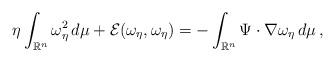
LaTeX: \begin{align*} \eta \int_{\mathbb{R}^n} \omega_{\eta}^2\, d\mu + \mathcal{E}(\omega_{\eta}, \omega_{\eta}) = - \int_{\mathbb{R}^n} \Psi\cdot \nabla \omega_{\eta}\, d\mu \,, \end{align*}